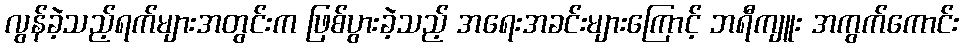
လွန်ခဲ့သည့်ရက်များအတွင်းက ဖြစ်ပွားခဲ့သည့် အရေးအခင်းများကြောင့် ဘရီကျူး အကွက်ကောင်း